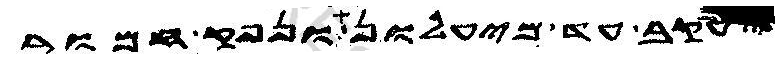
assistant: יעקב עד מיעלון ונפק חמור